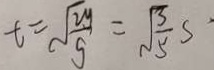
t = \sqrt { \frac { 2 y } { g } } = \sqrt { \frac { 3 } { 5 } } s